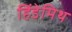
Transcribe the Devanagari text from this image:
हिंडेमिथ